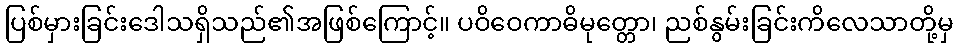
ပြစ်မှားခြင်းဒေါသရှိသည်၏အဖြစ်ကြောင့်။ ပဝိဝေကာဓိမုတ္တော၊ ညစ်နွမ်းခြင်းကိလေသာတို့မှ